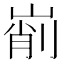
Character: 𡹺